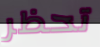
تحظر